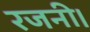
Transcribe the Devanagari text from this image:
रजनी।